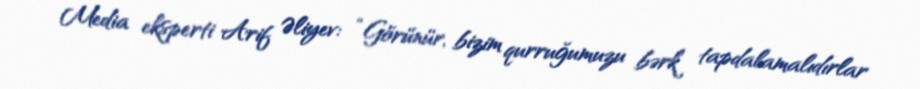
Media eksperti Arif Əliyev: “Görünür, bizim qurruğumuzu bərk tapdalamalıdırlar